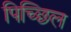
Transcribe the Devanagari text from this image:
पिच्छिल